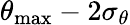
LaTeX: \theta_{\mathrm{max}}-2\sigma_{\theta}